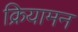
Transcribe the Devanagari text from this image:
क्रियामन